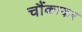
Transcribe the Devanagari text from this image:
चौंकाकर